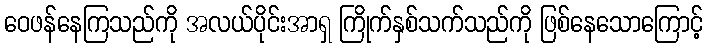
ဝေဖန်နေကြသည်ကို အလယ်ပိုင်းအာရှ ကြိုက်နှစ်သက်သည်ကို ဖြစ်နေသောကြောင့်